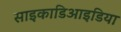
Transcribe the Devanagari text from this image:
साइकाडिआइडिया